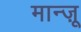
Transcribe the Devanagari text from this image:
मान्ज़ू